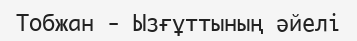
Тобжан - Ызғұттының әйелі